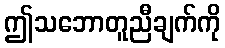
ဤသဘောတူညီချက်ကို